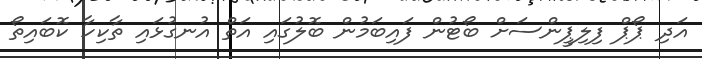
އަދި ޕޯޕް ފިލިޕީންސަށް ބޯޓުން ފައިބަމުން ބޮލުގައި އަތް އުނގުޅައި ތާކިހާ ކޮބައިތޯ